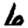
Digit: 6